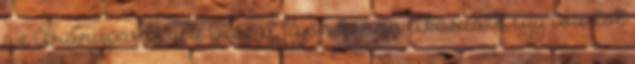
az Aranypartra, a Viasat fájón korán elkaszált, egy évadot